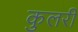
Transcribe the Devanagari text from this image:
कुलरी